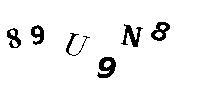
89U9N8